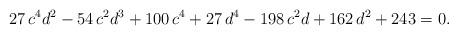
LaTeX: \begin{align*}27 \, c^{4} d^{2} - 54 \, c^{2} d^{3} + 100 \, c^{4} + 27 \, d^{4} - 198 \, c^{2} d + 162 \, d^{2} + 243 = 0.\end{align*}